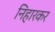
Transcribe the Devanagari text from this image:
निहारकर